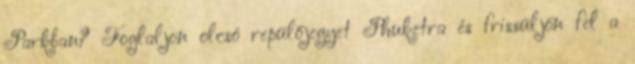
Parkban? Foglaljon olcsó repülőjegyet Phuketra és frissüljön fel a